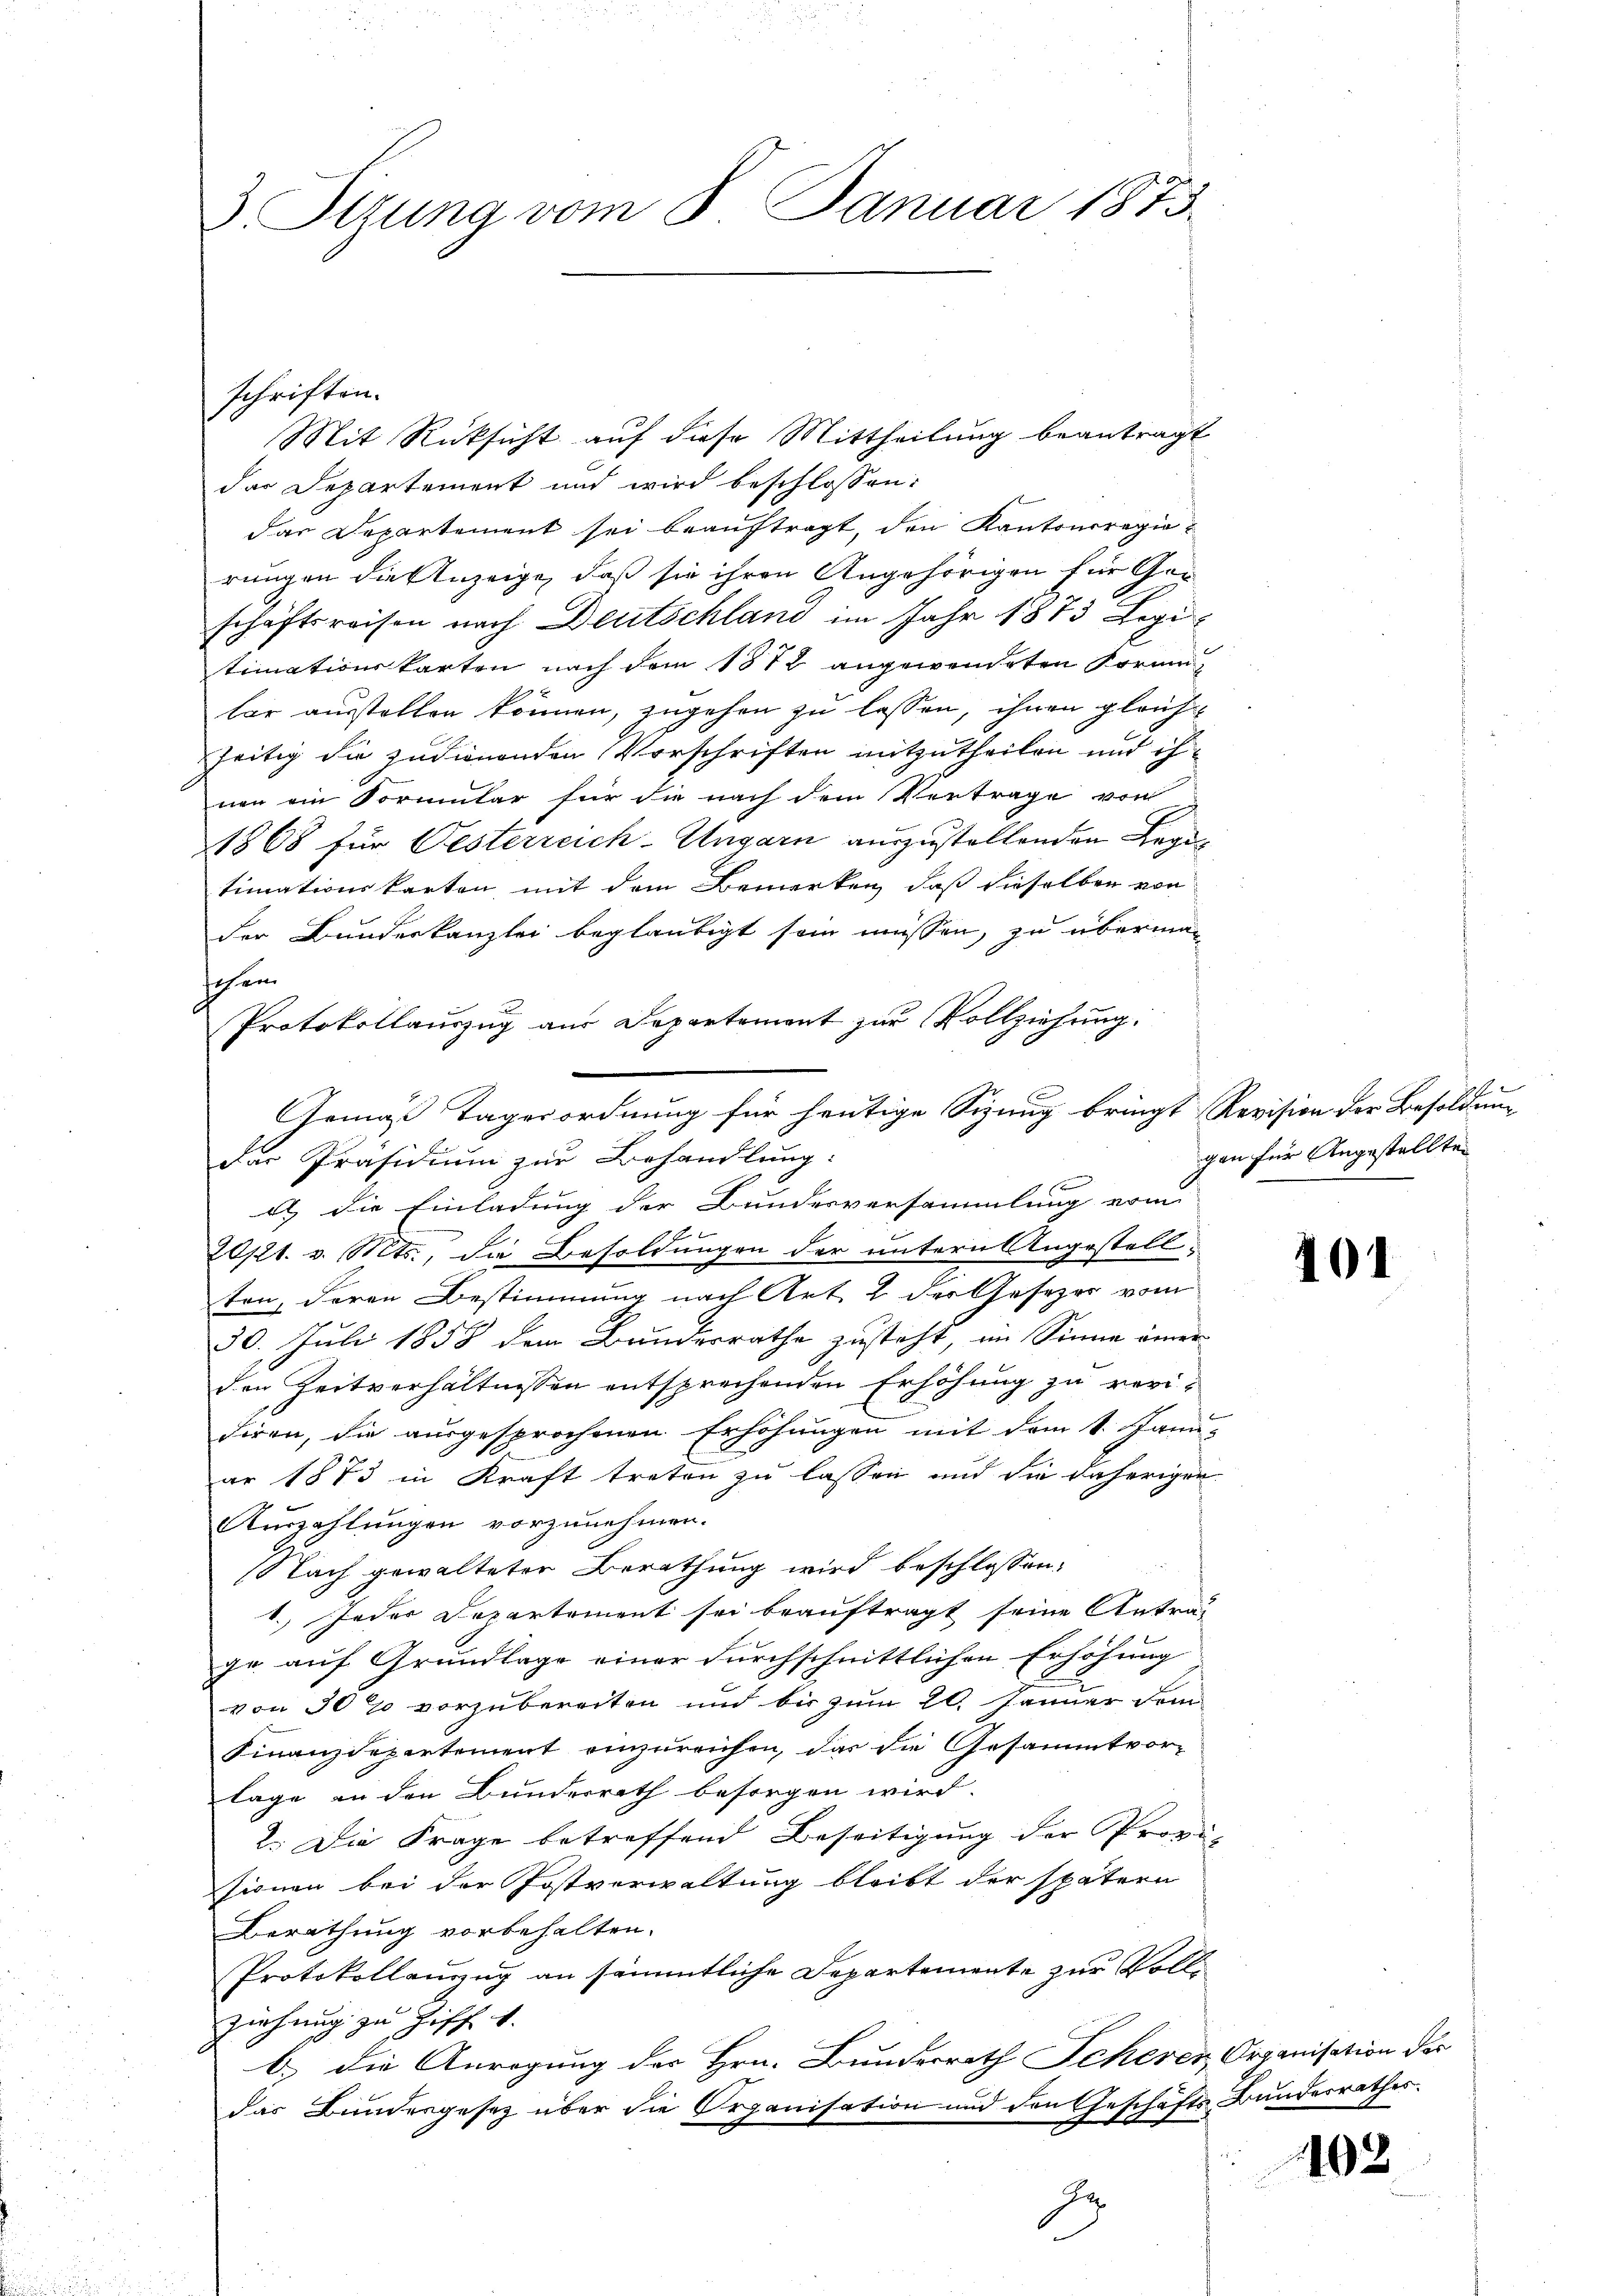
3. Ottung vom 8. Januar 1873.

Mit Rüksicht auf diese Mittheilung beantragt
das Departement und wird beschlossen:
das Departement sei beauftragt, den Kantonsregierungen die Anzeige, daß sie ihren Angehörigen für Geschäftsreisen nach Deutschland im Jahr 1873 Legi-
timationskarten nach dem 1872 angewendeten Formubar ausstellen können, zugehen zu lassen, ihnen gleichzeitig die zudienenden Vorschriften mitzutheilen und ihnen ein Formular für die nach dem Vertrage von
1868 für Oesterreich-Ungarn auszustellenden Regi
timationskarton mit dem Bemerken, daß dieselben von
der Bundeskanzlei beglaubigt sein müssen, zu überma¬
Ich ein
Protokollauszug aus Departement zur Vollziehung:
Gemäß Tagesordnung für heutige Sitzung bringt Revision der Besoldung
Der Präsidium zur Behandlung:
a die Einladung der Bundesversammlung vom
20pt. v. Mts., die Besoldungen der untern Angestellten, deren Bestimmung nach Art. 2 der Gesezer vom
30. Juli 1858 dem Bundesrathe zusteht, im Sinne einer
den Zeitverhältnissen entsprechenden Erhöhung zu revidiren, die ausgesprochenen Erhöhungen mit dem 1. Janu-
ar 1873 in Kraft treten zu lassen und die daheriger
Kuszahlungen vorzunehmen.
Nach gewalteter Berathung wird beschlossen:
1.) Jeder Departement sei beauftragt seine Antrag
gr. auf Grundlage einer durchschnittlichen Erhöhung
von 30% vorzubereiten und bis zum 20. Januar dem
Finanzdepartement einzureichen, das die Gesammtvor-
lage an den Bunderrath besorgen wird.
2. Die Frage betreffend Beseitigung der Provi-
sionen bei der Postverwaltung bleibt der spätern
Berathung vorbehalten.
Protokollauung an sämmtliche Departemente zur Vollziehung zu Ziff. 1.
b.) die Anregung des Hrn. Bundesrath Scheren Organisation der
das Bundergesetz über die Organisation und den Geschäfts Bundesrathes.
In

schriften.

gen für Angestellten

101

103